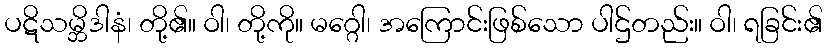
ပဋိသမ္ဘိဒါနံ၊ တို့၏။ ဝါ၊ တို့ကို။ မဂ္ဂေါ၊ အကြောင်းဖြစ်သော ပါဌ်တည်း။ ဝါ၊ ရခြင်း၏